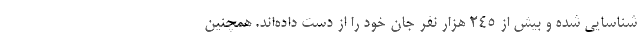
شناسایی شده و بیش از 245 هزار نفر جان خود را از دست داده‌اند. همچنین